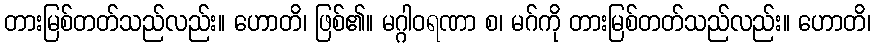
တားမြစ်တတ်သည်လည်း။ ဟောတိ၊ ဖြစ်၏။ မဂ္ဂါဝရဏာ စ၊ မဂ်ကို တားမြစ်တတ်သည်လည်း။ ဟောတိ၊